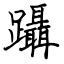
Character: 躡